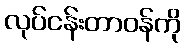
လုပ်ငန်းတာဝန်ကို